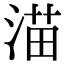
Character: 渵